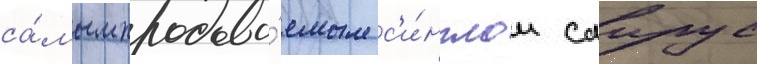
са́мым продава́емым с'и́нглом саирус